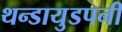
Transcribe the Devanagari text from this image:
थन्डायुडपनी